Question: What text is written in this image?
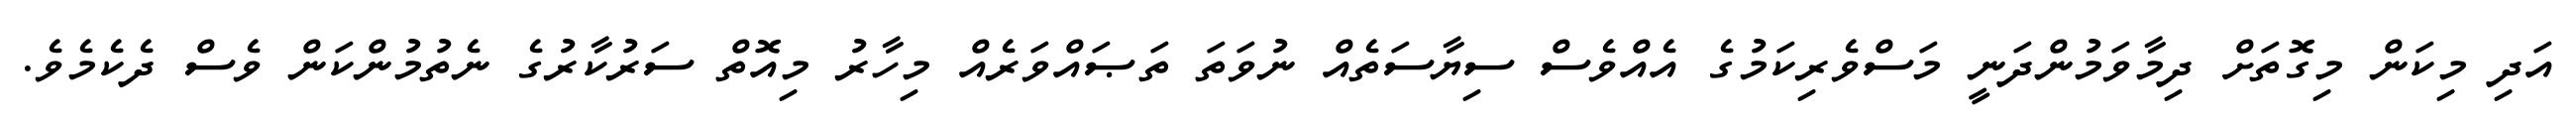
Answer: އަދި މިކަން މިގޮތަށް ދިމާވަމުންދަނީ މަސްވެރިކަމުގެ އެއްވެސް ސިޔާސަތެއް ނުވަތަ ތަޞައްވަރެއް މިހާރު މިއޮތް ސަރުކާރުގެ ނެތުމުންކަން ވެސް ދެކެމެވެ.